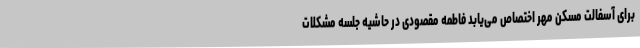
برای آسفالت مسکن مهر اختصاص می‌یابد فاطمه مقصودی در حاشیه جلسه مشکلات